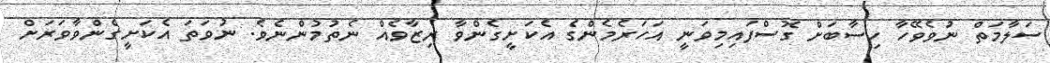
ސަލާމަތް ނުވެވޭހާ ހިސާބަށް ގޮސްފައިމިވަނީ އަހަރެމެންގެ އެކަށީގެންވާ ރިޒާވެއް ނެތުމުންނެވެ. ނުވަތަ އެކަށީގެންވާވަރަށް